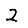
Digit: 2